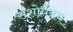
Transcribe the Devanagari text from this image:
संशोधनच